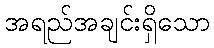
အရည်အချင်းရှိသော